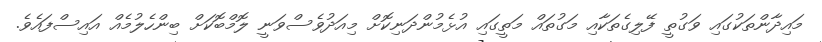
މައިދާންތަކުގައި ވަގުތީ ފޭލިގެތަކާއި މަގުތައް މަތީގައި އުޅެމުންދަނިކޮށް މިއަދުވެސްވަނީ ލޮމްބޮކަށް ބިންހެލުމެއް އައިސްފައެވެ.